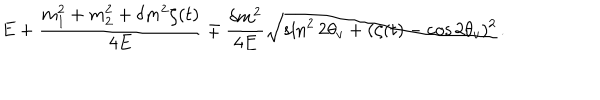
E + \frac { m _ { 1 } ^ { 2 } + m _ { 2 } ^ { 2 } + \delta m ^ { 2 } \zeta ( t ) } { 4 E } \mp \frac { \delta m ^ { 2 } } { 4 E } \sqrt { \sin ^ { 2 } { 2 \theta _ { v } } + ( \zeta ( t ) - \cos { 2 \theta _ { v } } ) ^ { 2 } } \, .